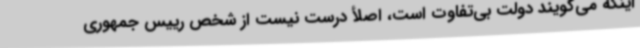
اینکه می‌گویند دولت بی‌تفاوت است، اصلأ درست نیست از شخص رییس جمهوری